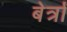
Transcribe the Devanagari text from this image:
बेर्त्रां